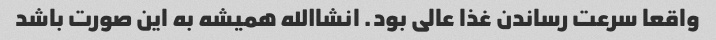
واقعا سرعت رساندن غذا عالی بود. انشاالله همیشه به این صورت باشد